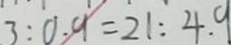
3 : 0 . 9 = 2 1 : 4 . 9